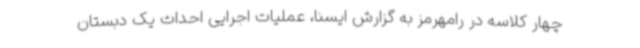
چهار کلاسه در رامهرمز به گزارش ایسنا، عملیات اجرایی احداث یک دبستان